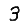
Digit: 3